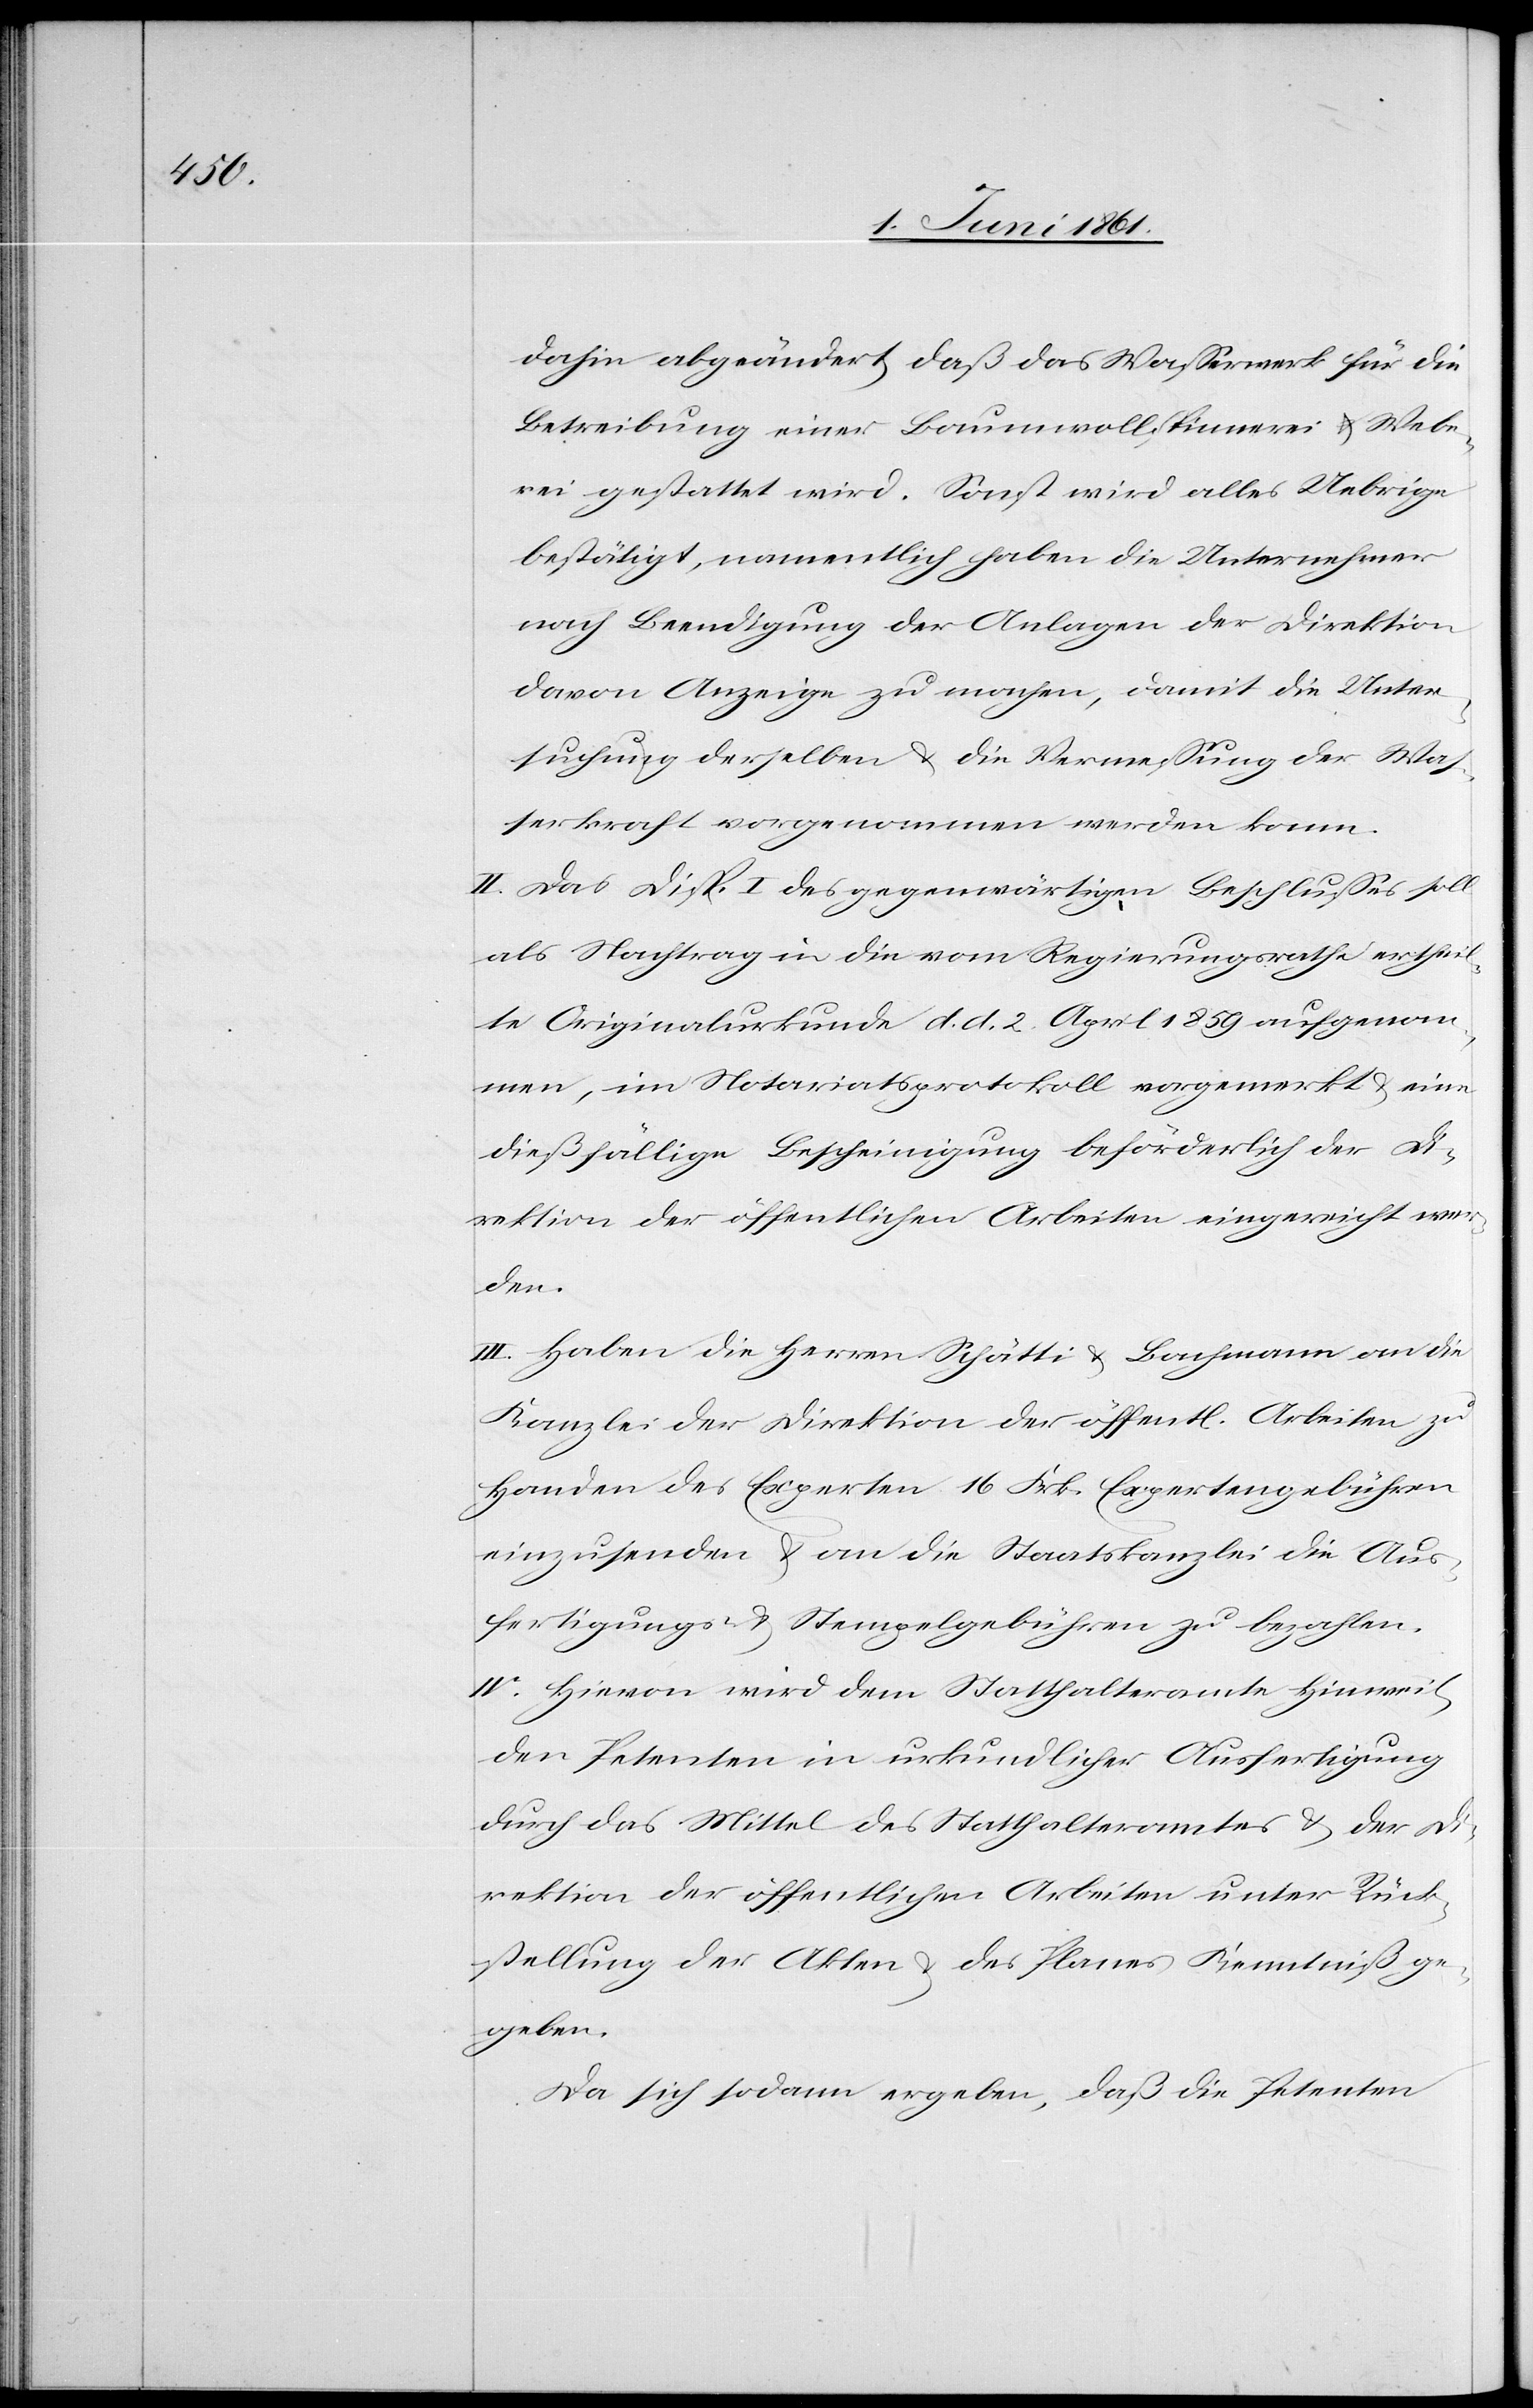
dahin abgeändert, daß das Wasserwerk für die
Betreibung einer Baumwollspinnerei u. Webe¬
rei gestattet wird. Sonst wird alles Uebrige
bestätigt, namentlich haben die Unternehmer
nach Beendigung der Anlagen der Direktion
davon Anzeige zu machen, damit die Unter¬
suchung derselben u. die Vermessung der Was¬
serkraft vorgenommen werden kann.
II. Das Disp. I. des gegenwärtigen Beschlusses soll
als Nachtarg in die vom Regierungsrathe ertheil¬
te Originalurkunde d. d. 2. April 1859 aufgenom¬
men, im Notariatsprotokoll vorgemerkt u.
dießfällige Bescheinigung beförderlich der Di¬
rektion der öffentlichen Arbeiten eingereicht wer¬
den.
III. Haben die Herren Schätti u. Bachmann an die
Kanzlei der Direktion der öffentl. Arbeiten zu
Handen des Experten 16 Frk. Expertengebühren
einzusenden u. an die Staatskanzlei die Aus¬
fertigungs- u. Stempelgebühren zu bezahlen.
IV. Hievon wird dem Statthalteramte Hinweil,
den Petenten in urkundlicher Ausfertigung
durch das Mittel des Statthalteramtes u. der Di¬
rektion der öffentlichen Arbeiten unter Rück¬
stellung der Akten u. des Planes Kenntniß ge¬
geben.
Da sich sodann ergeben, daß die Petenten